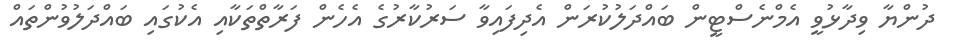
ދުންޔާ ވިދާޅުވީ އެމްނެސްޓީން ބައްދަލުކުރަން އެދިފައިވާ ސަރުކާރުގެ އެހެން ފަރާތްތަކާއި އެކުގައި ބައްދަލުވުންތައް